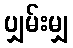
ပျှမ်းမျှ